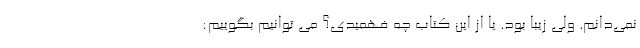
نمی‌دانم. ولی زیبا بود. یا از این کتاب چه فهمیدی؟ می توانیم بگوییم: